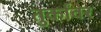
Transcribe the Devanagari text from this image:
तुर्कांवर